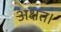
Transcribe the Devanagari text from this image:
अक्षत।